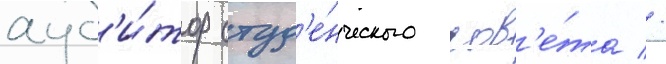
ауд'и́тор студ'е́нческого сов'е́та //